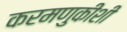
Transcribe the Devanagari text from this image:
करमणुकीशी